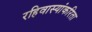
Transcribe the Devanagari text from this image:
रहिवास्यांकरिता